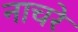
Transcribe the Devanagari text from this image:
नाचरे